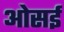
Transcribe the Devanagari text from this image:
ओसई